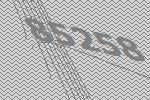
85258